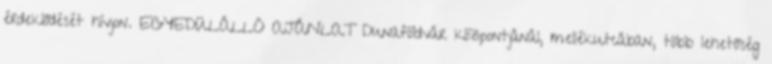
érdeklődését hívjon. EGYEDÜLÁLLÓ AJÁNLAT Dunaföldvár központjánál, mellékutcában, több lehetőség